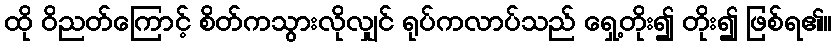
ထို ဝိညတ်ကြောင့် စိတ်ကသွားလိုလျှင် ရုပ်ကလာပ်သည် ရှေ့တိုး၍ တိုး၍ ဖြစ်ရ၏။